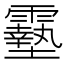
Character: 𩆔